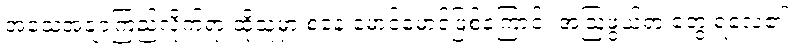
အသေအချာကြည့်လိုက်ရာ ထိုသူမှာ စနေ မောင်မောင်ဖြစ်ကြောင်း အံ့ဩဖွယ်ရာ တွေ့ ရလေ၏။